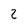
Character: 2